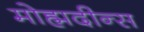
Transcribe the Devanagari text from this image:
मोह्मदीन्स